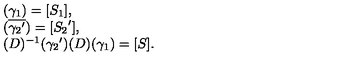
\left. \begin{array} { l } { ( \gamma _ { 1 } ) = [ S _ { 1 } ] , } \\ { ( \overline { { { \gamma _ { 2 } } ^ { \prime } } } ) = [ { S _ { 2 } } ^ { \prime } ] , } \\ { ( D ) ^ { - 1 } ( { \gamma _ { 2 } } ^ { \prime } ) ( D ) ( \gamma _ { 1 } ) = [ S ] . } \\ \end{array} \right.